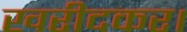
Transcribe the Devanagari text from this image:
खरीदकर।